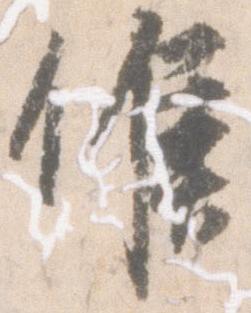
候